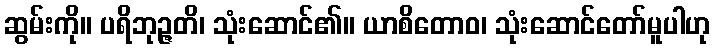
ဆွမ်းကို။ ပရိဘုဉ္ဇတိ၊ သုံးဆောင်၏။ ယာစိတောဝ၊ သုံးဆောင်တော်မူပါဟု